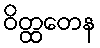
ဝိတ္ထတေန